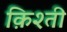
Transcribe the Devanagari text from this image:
क़िश्ती